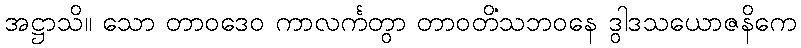
အဋ္ဌာသိ။ သော တာဝဒေဝ ကာလင်္ကတွာ တာဝတိံသဘဝနေ ဒွါဒသယောဇနိကေ